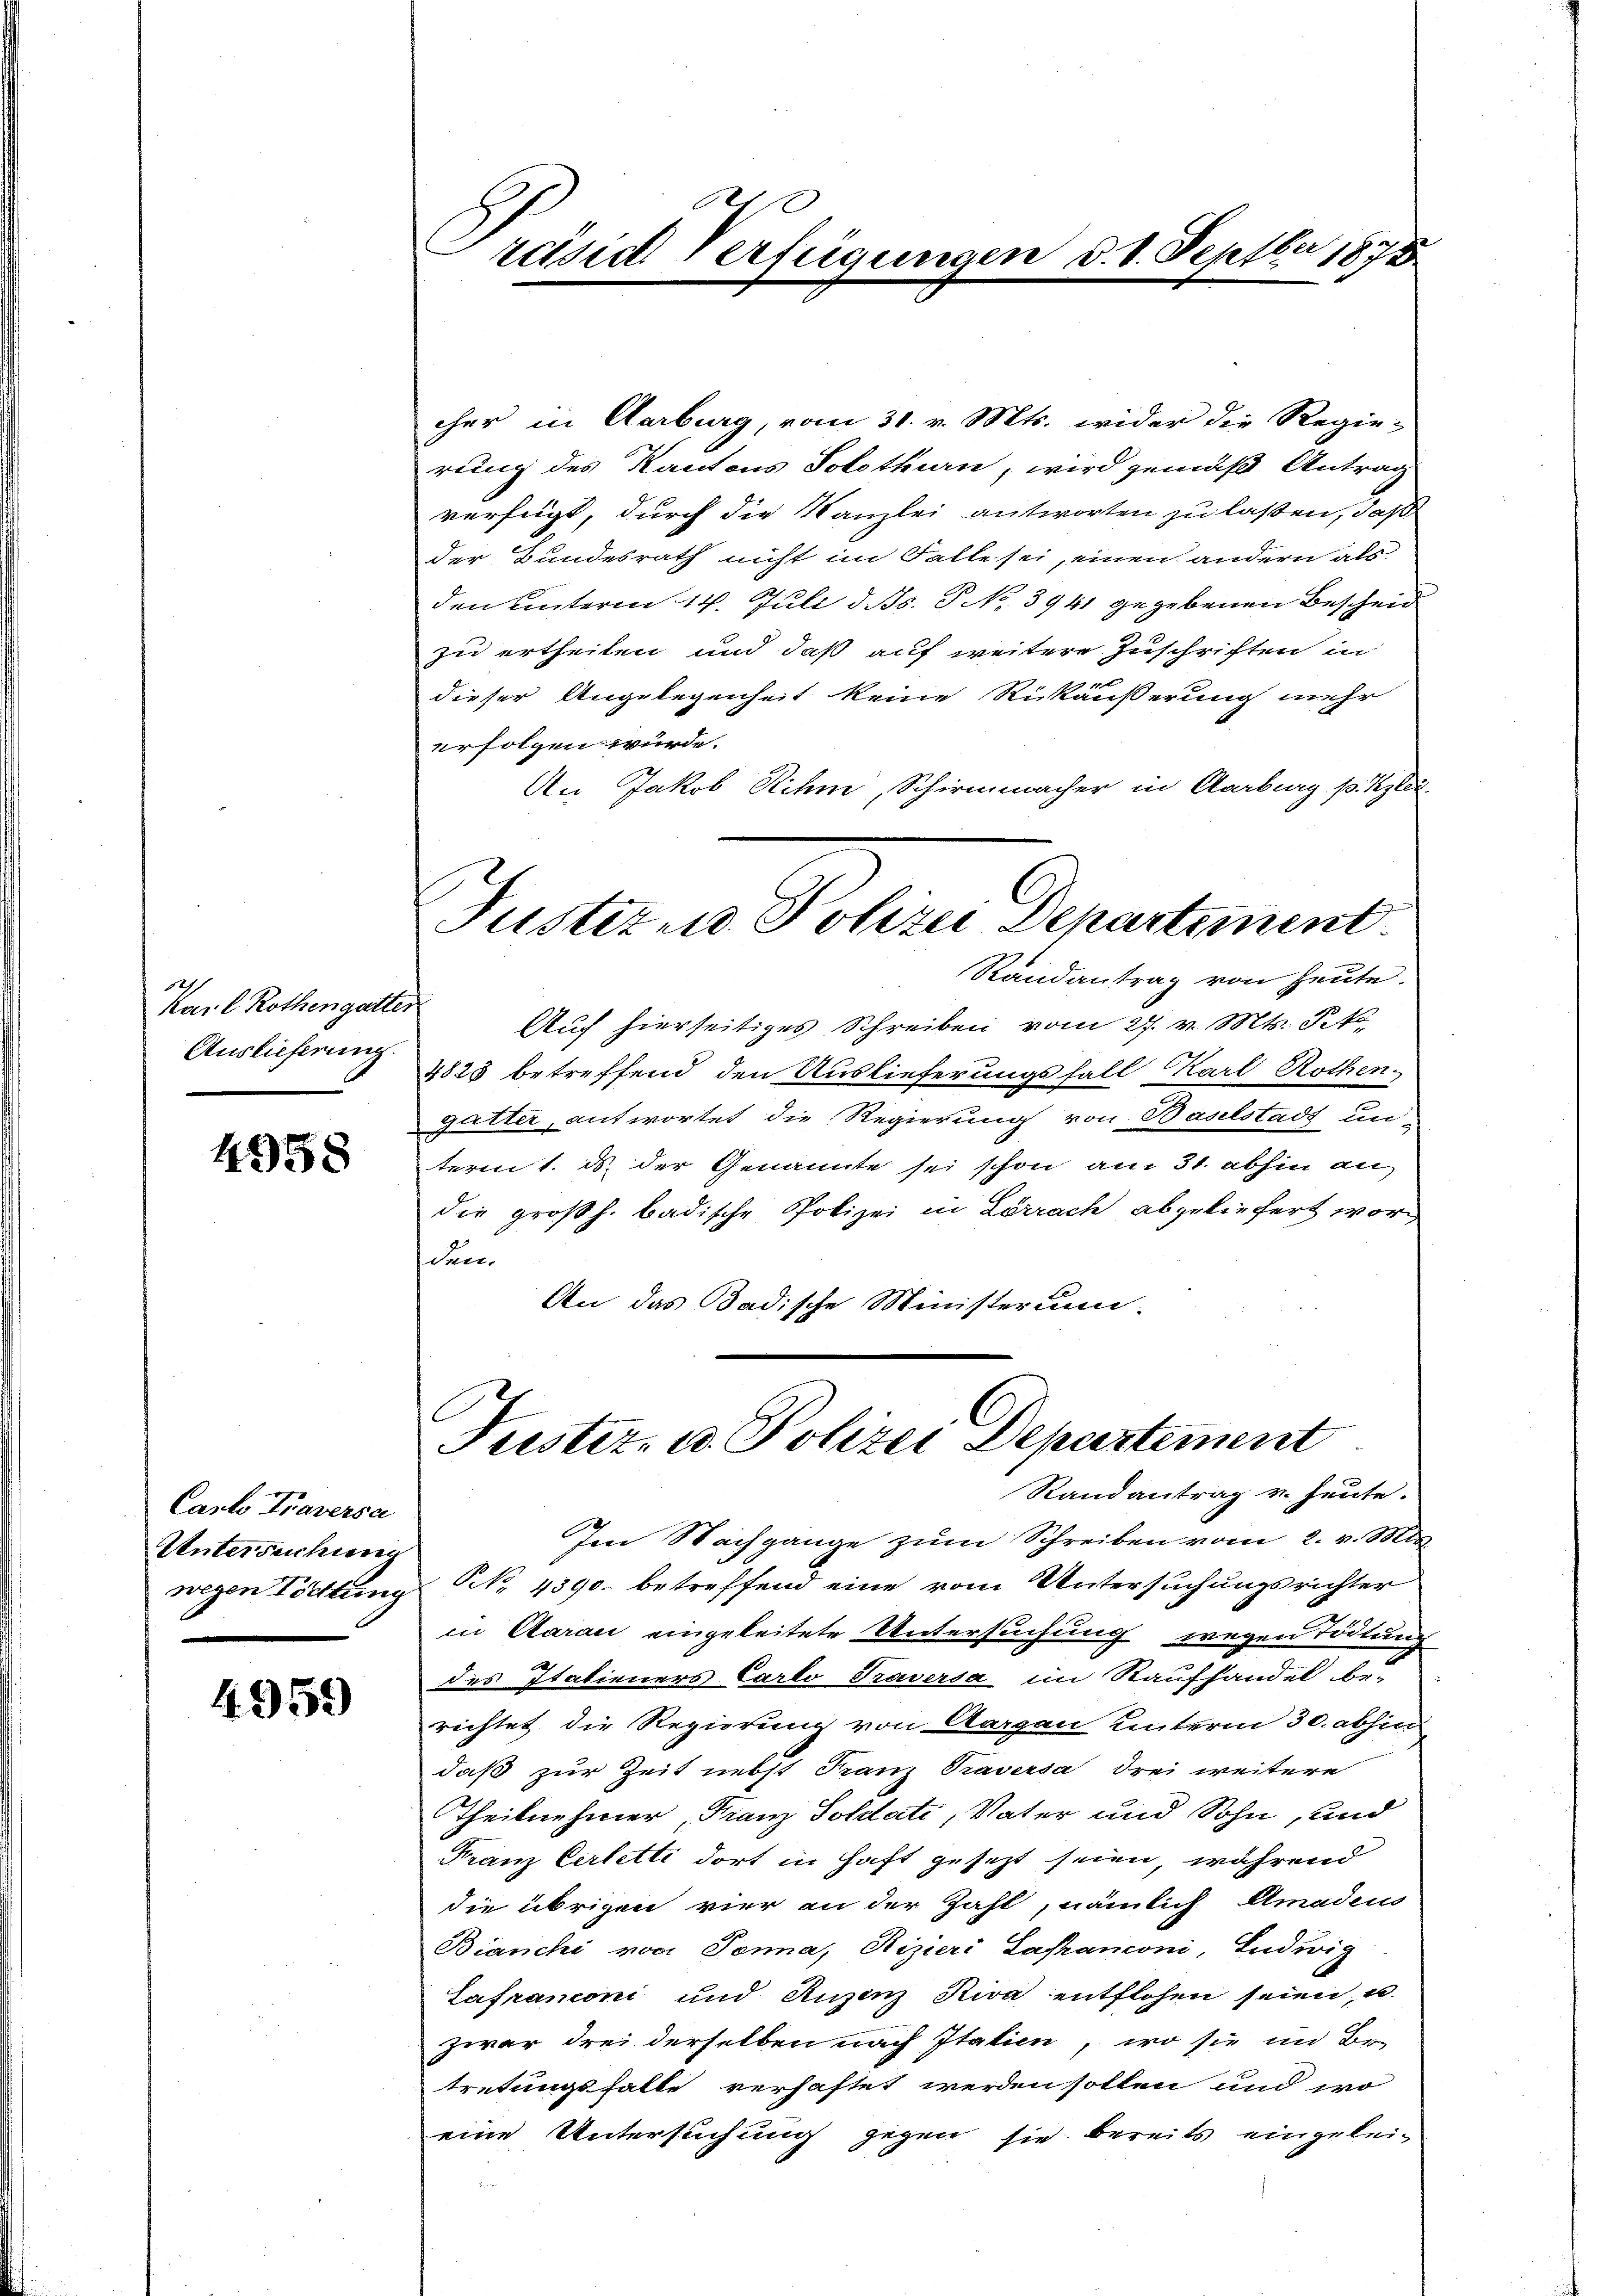
.
karl Rothengatter
Auslieferung.

4958

Carlo Traversa
Untersuchung
wegen Tödtung
A.

4959

räsid. Verfügungen d. 8. Septber 1878

cher in Aarburg, vom 30. v. Mts. wider die Regie-
rung des Kantons Solothurn, wird gemäß Antrag
verfügt, durch die Kanzlei antworten zu laßen, daß
der Bundesrath nicht im Falle sei, einen andern als
den unterm 14. Juli d. Js. P. No. 3941 gegebenen Bescheid
zu ertheilen und daß auf weitere Zuschriften in
dieser Angelegenheit keine Rückäußerung mehr
erfolgen würde.
An Jakob Rihm, Schirmmacher in Aarburg p. Klei
Justiz und Polizei Departement
Randantrag von heute.
Auch hierseitiges Schreiben vom 27. v. Mts. Pete
4825 betreffend den Auslieferungsfall Karl Rothen,
gatter antwortet die Regierung von Baselstadt unterm 1. ds. der Genannte sei schon am 31. abhin an
die großh. badische Polizei in Lörrach abgeliefert worden
An das Badische Ministerium.

Justiz- u. Polizei Departement

Randantrag v. heute.
Im Nachgange zum Schreiben vom 2. v. Mts.
NNo. 4390. betreffend eine vom Untersuchungsrichter
in Carau eingeleitete Untersuchung wegen Tödtung
des Italieners Carlo Traversa im Raufhandel be-
richtet die Regierung von Aargau unterm 30. abhin
daß zur Zeit nebst Franz Praversa drei weitere
Theilnehmer, Franz Soldate, Vater und Sohn, und
Franz Cerletti dort in Haft gesezt seien, während
die übrigen vier an der Zahl, nämlich Amadeus
Bianchi von Sonna, Riziere Lastanconi, Ludwig
Lafranconi und Anzenz Swa entflohen seien, u.
zwar drei derselben nach Italien, wo sie im Be-
tretungsfalle verhaftet werden sollen und wo
eine Untersuchung gegen sie bereits eingelei¬